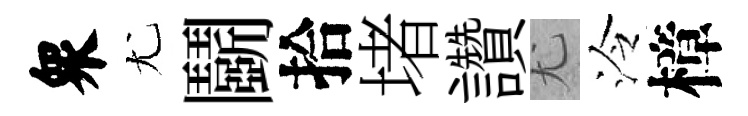
衆尤鬬拾堵讚尤泠樟